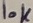
Text: 10K